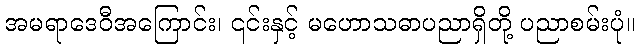
အမရာဒေဝီအကြောင်း၊ ၎င်းနှင့် မဟောသဓာပညာရှိတို့ ပညာစမ်းပုံ။